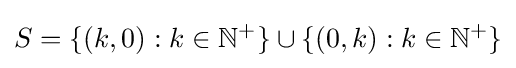
S=\{(k,0):k\in \mathbb {N} ^{+}\}\cup \{(0,k):k\in \mathbb {N} ^{+}\}